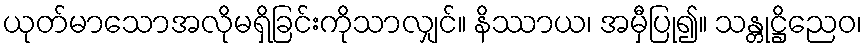
ယုတ်မာသောအလိုမရှိခြင်းကိုသာလျှင်။ နိဿာယ၊ အမှီပြု၍။ သန္တုဋ္ဌိညေဝ၊